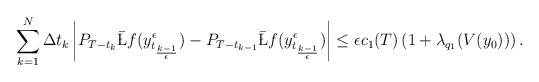
LaTeX: \begin{align*}\sum_{k=1}^N \Delta t_k \left| P_{T-t_{k}} \bar \L f (y_{t_{k-1\over \epsilon}}^\epsilon)-P_{T-t_{k-1}} \bar \L f(y_{t_{k-1\over \epsilon}}^\epsilon)\right|\le \epsilon c_1(T)\left( 1+\lambda_{q_1}(V(y_0))\right).\end{align*}